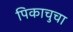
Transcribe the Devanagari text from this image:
पिकाचुचा